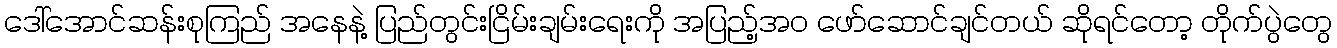
ဒေါ်အောင်ဆန်းစုကြည် အနေနဲ့ ပြည်တွင်းငြိမ်းချမ်းရေးကို အပြည့်အ၀ ဖော်ဆောင်ချင်တယ် ဆိုရင်တော့ တိုက်ပွဲတွေ